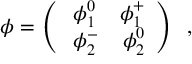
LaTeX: \phi = \left( \begin{array} { c c } { { \; \phi _ { 1 } ^ { 0 } \; \; \; \; \phi _ { 1 } ^ { + } } } \\ { { \; \phi _ { 2 } ^ { - } \; \; \; \; \phi _ { 2 } ^ { 0 } } } \end{array} \right) \; \; ,